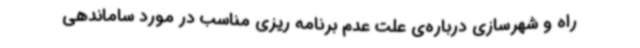
راه و شهرسازی درباره‌ی علت عدم برنامه ریزی مناسب در مورد ساماندهی